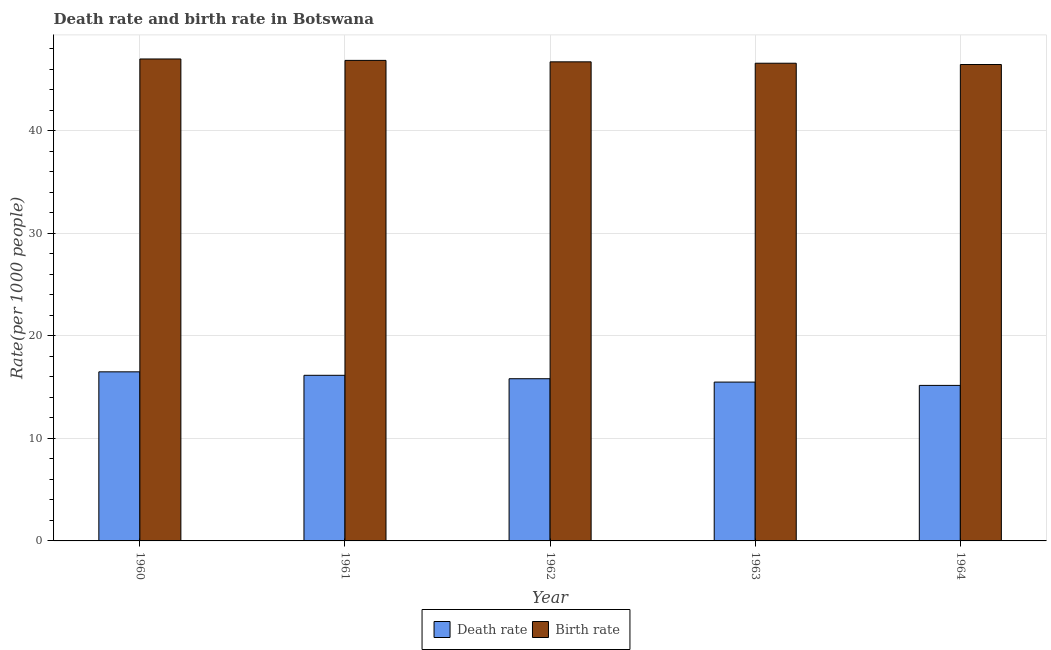
| Year | Death rate | Birth rate |
 | --- | --- | --- |
 | 1960 | 16.5 | 47 |
 | 1961 | 16.1 | 46.9 |
 | 1962 | 15.8 | 46.7 |
 | 1963 | 15.5 | 46.6 |
 | 1964 | 15.2 | 46.5 |